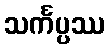
သင်္ကပ္ပဿ